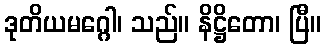
ဒုတိယမဂ္ဂေါ၊ သည်။ နိဋ္ဌိတော၊ ပြီ။